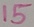
Text: 15